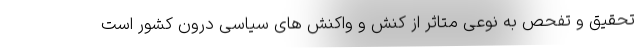
تحقیق و تفحص به نوعی متاثر از کنش و واکنش های سیاسی درون کشور است